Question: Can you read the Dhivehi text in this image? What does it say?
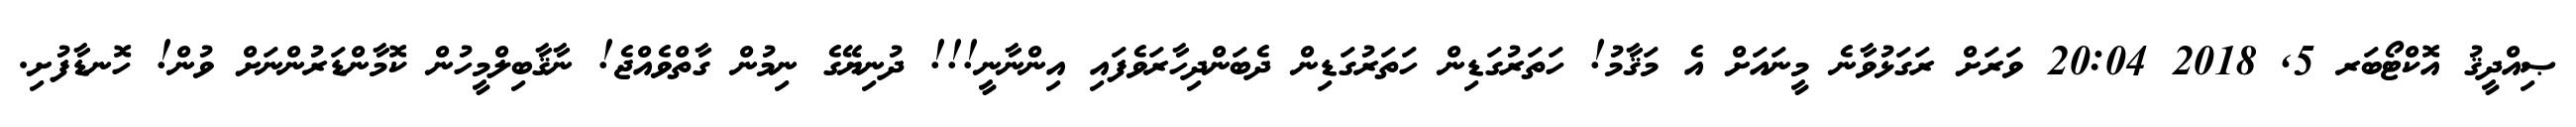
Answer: ޞިއްދީޤު އޮކްޓޯބަރ 5, 2018 20:04 ވަރަށް ރަގަޅުވާނެ މީނައަށް އެ މަޤާމު! ހަތަރުގަޑިން ހަތަރުގަޑިން ދެބަންދިހާރަވެފައި އިންނާނީ!!! ދުނިޔޭގެ ނިމުން ގާތްވެއްޖެ! ނާޤާބިލްމީހުން ކޮމާންޑަރުންނަށް ވުން! ހޮނޑާފުށި.